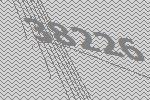
38226